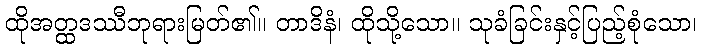
ထိုအတ္ထဒဿီဘုရားမြတ်၏။ တာဒိနံ၊ ထိုသို့သော။ သုခံခြင်းနှင့်ပြည့်စုံသော၊